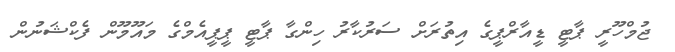
ޖުމްހޫރީ ޕާޓީ ޑީއާރްޕީގެ އިތުރަށް ސަރުކާރު ހިންގާ ޕާޓީ ޕީޕީއެމްގެ މައޫމޫން ފެކްޝަނުން